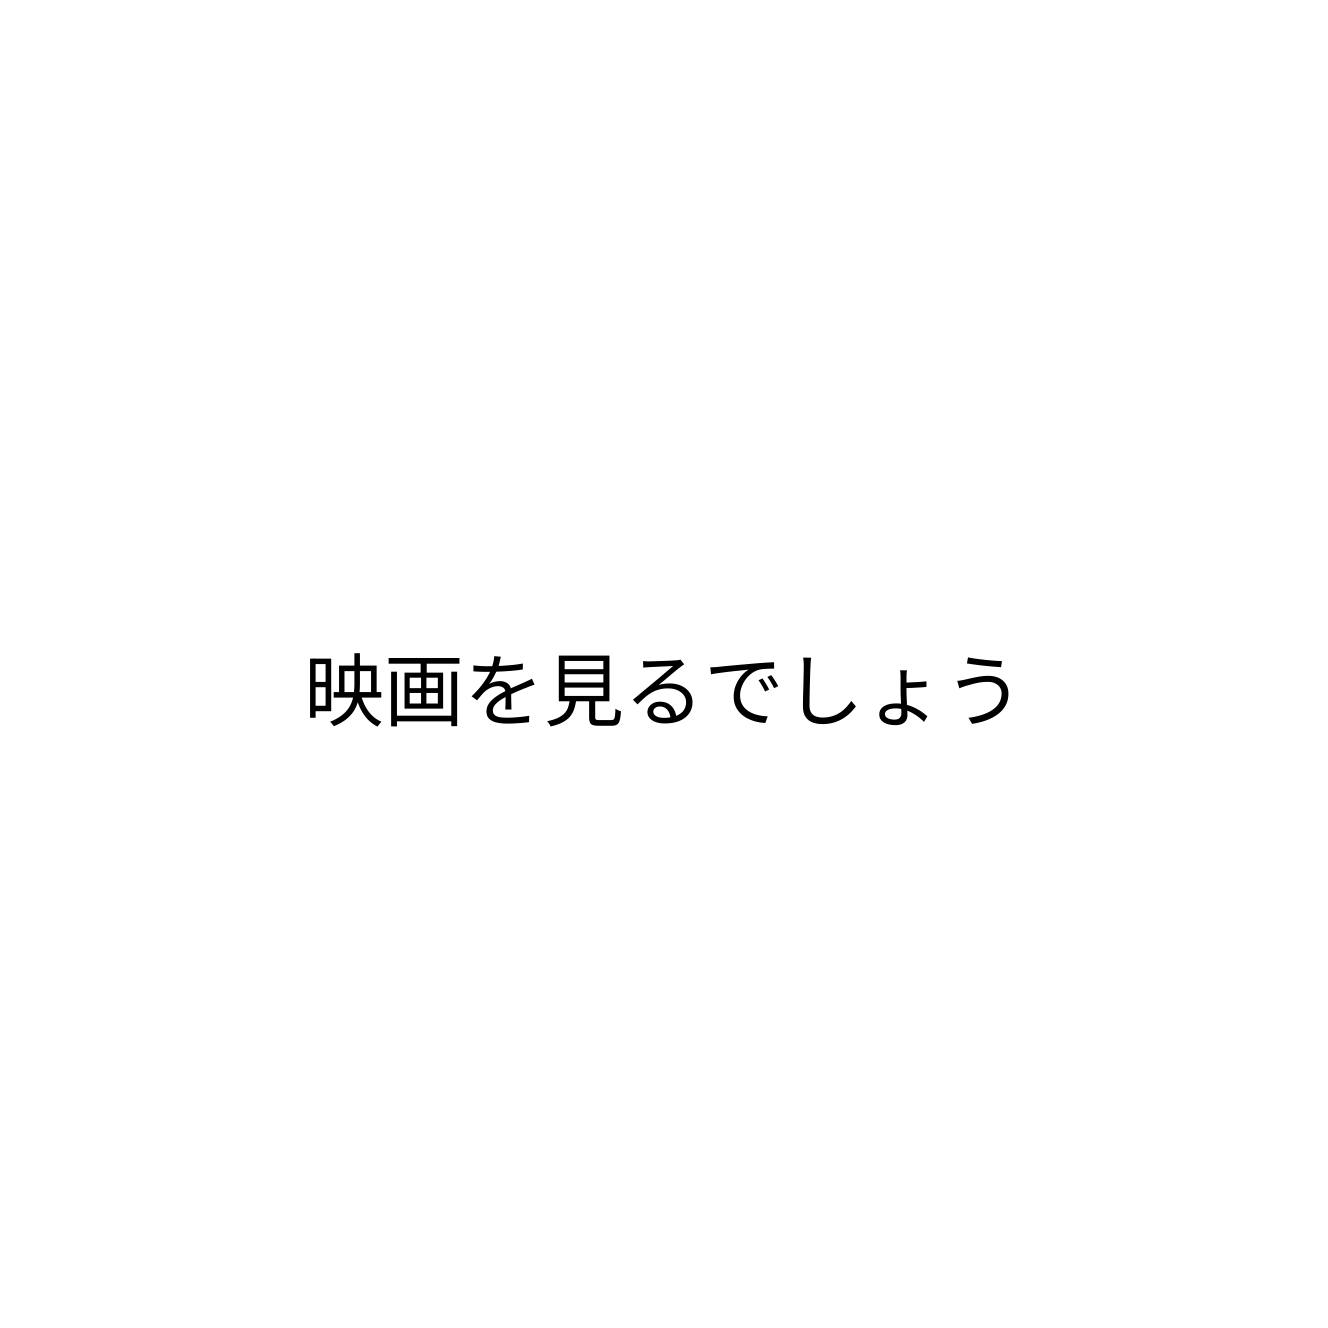
映画を見るでしょう